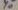
Text: y0